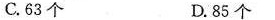
C.63个 D.85个